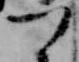
つ